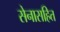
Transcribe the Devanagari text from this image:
सेनासहित